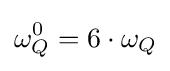
\omega _{Q}^{0}=6\cdot \omega _{Q}